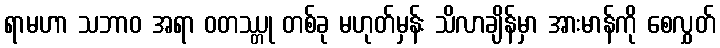
ရာမဟာ သဘာဝ အရာ ဝတဿ္တု တစ်ခု မဟုတ်မှန်း သိလာချိန်မှာ အားမာန်ကို စေလွှတ်